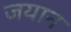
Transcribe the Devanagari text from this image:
जयान